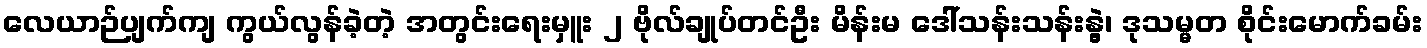
လေယာဉ်ပျက်ကျ ကွယ်လွန်ခဲ့တဲ့ အတွင်းရေးမှူး ၂ ဗိုလ်ချုပ်တင်ဦး မိန်းမ ဒေါ်သန်းသန်းနွဲ့၊ ဒုသမ္မတ စိုင်းမောက်ခမ်း